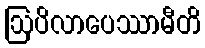
ဩပိလာပေဿာမီတိ